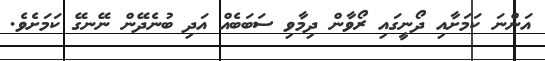
އަންނަ ކަމަށާއި ދޯނީގައި ރޯވާން ދިމާވި ސަބަބެއް އަދި ބުނެދޭން ނޭނގޭ ކަމަށެވެ.